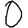
Digit: 0